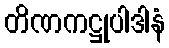
တိဏကဋ္ဌုပါဒါနံ